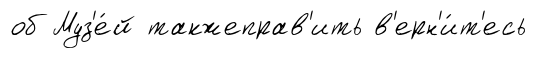
об Муз'е́й такжеправ'ить в'ерн'и́т'есь